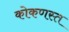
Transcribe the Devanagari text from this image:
कोकणस्त